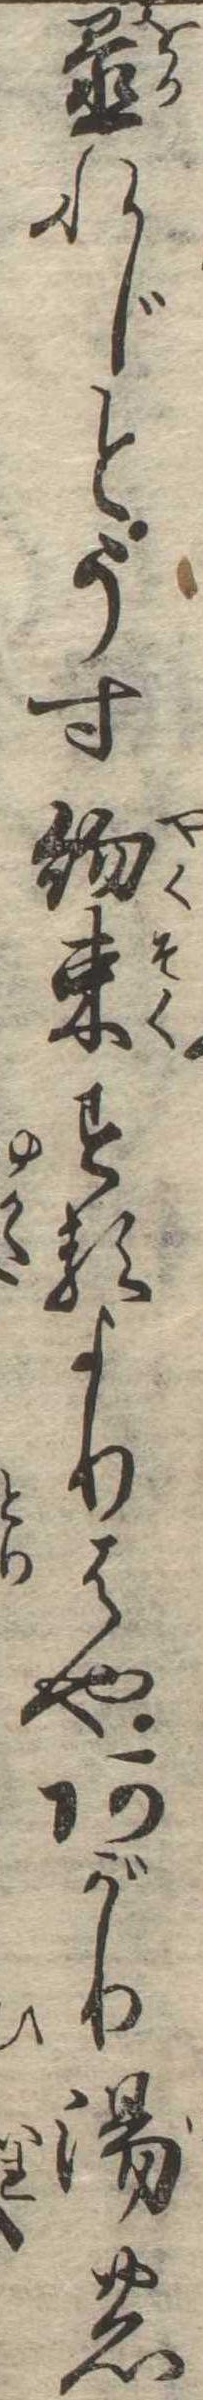
置れじとうす約束するよりはやあがり湯の